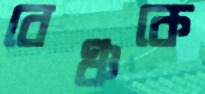
বেঞ্চকে